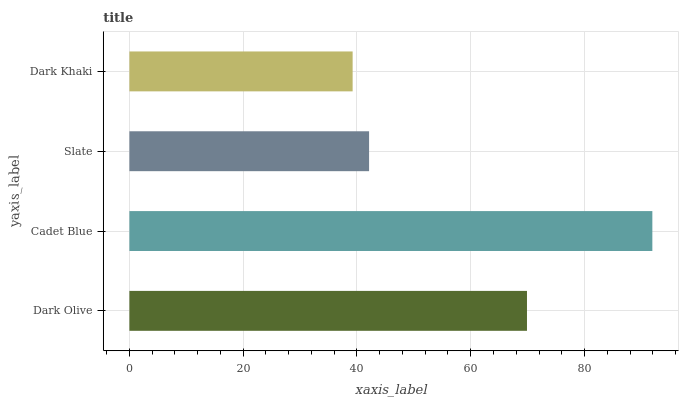
| yaxis_label | bars |
 | --- | --- |
 | Dark Olive | 69.9 |
 | Cadet Blue | 91.9 |
 | Slate | 42.1 |
 | Dark Khaki | 39.2 |